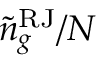
{ \tilde { n } } _ { g } ^ { \mathrm { R J } } / N